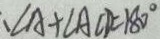
、 \angle A + \angle A C D = 1 8 0 ^ { \circ }